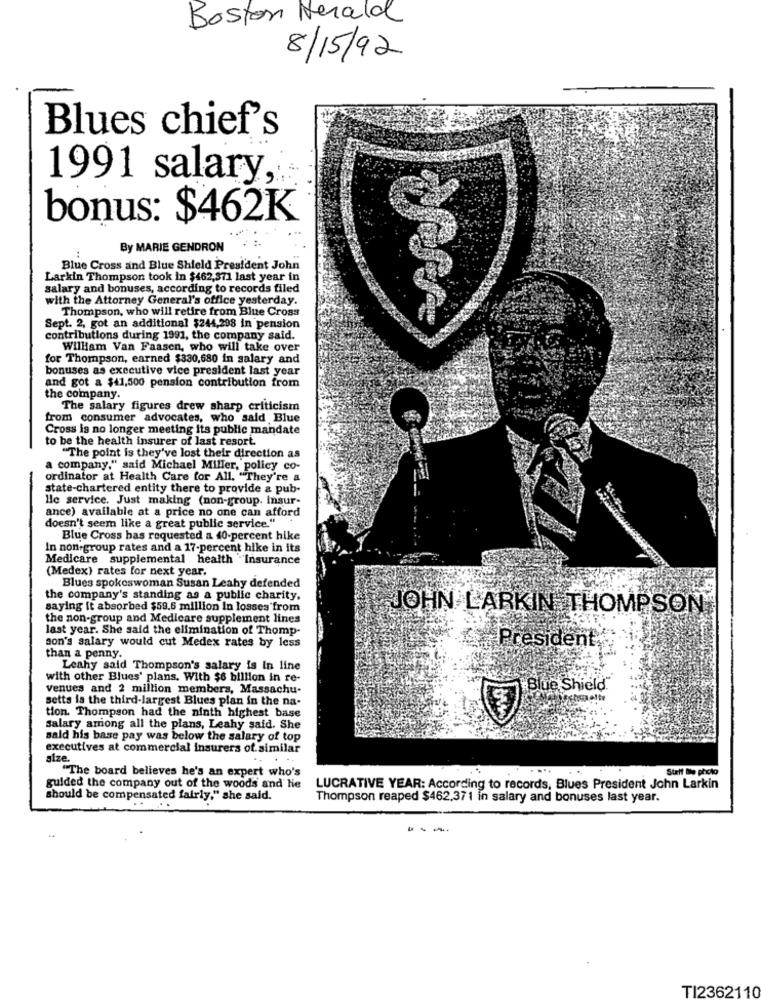
Boston Herald
8/15/92
Blues chief's
1991 salary,
bonus: $462K
By MARIE GENDRON
Blue Cross and Blue Shield President John
Larkin Thompson took in $462,371 last year in
salary and bonuses, according to records filed
with the Attorney General's office yesterday.
Thompson, who will retire from Blue Cross
Sept. 2, got an additional $244,298 in pension
contributions during 1991, the company said.
William Van Faasen, who will take over
for Thompson, earned $330,680 in salary and
bonuses as executive vice president last year
and got a $41,500 pension contribution from
the company.
The salary figures drew sharp criticism
from consumer advocates, who sald Blue
Cross is no longer meeting its public mandate
to be the health insurer of last resort.
"The point is they've lost their direction as
a company." said Michael Miller, policy co-
ordinator at Health Care for All. "They're a
state-chartered entity there to provide a pub-
lle service. Just making (non-group. insur-
ance) available at a price no one can afford
doesn't seem like a great public service."
Blue Cross has requested a 40-percent hike
In non-group rates and a 17-percent hike in its
Medicare supplemental health Insurance
(Medex) rates for next year.
Blues spokeswoman Susan Leahy defended
the company's standing as a public charity.
saying it absorbed $59.6 million in losses from
JOHN LARKIN THOMPSON
the non-group and Medicare supplement lines
last year. She said the elimination of Thomp-
son's salary would cut Medex rates by less
President
than a penny.
Leahy said Thompson's salary is In line
with other Blues' plans, With $6 billion in re-
venues and 2 million members, Massachu.
Blue Shield
setts is the third-largest Blues plan in the na-
tion. Thompson had the ninth highest base
salary among all the plans, Leahy said. She
sald his base pay was below the salary of top
executives at commercial insurers of similar
size.
.. ...
"The board believes he's an expert who's
Statt De photo
guided the company out of the woods and he
LUCRATIVE YEAR: According to records, Blues President John Larkin
should be compensated fairly," she said.
Thompson reaped $462,371 in salary and bonuses last year.
TI2362110